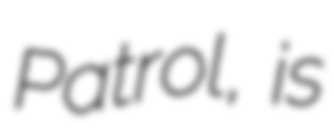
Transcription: Patrol, is